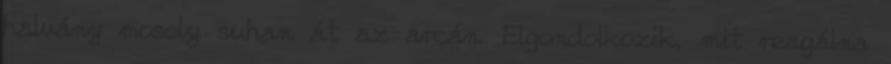
halvány mosoly suhan át az arcán. Elgondolkozik, mit reagálna